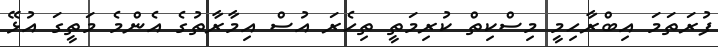
ފުރަތަމަ އިބްރާހިމީ މިސްކިތް ކުރިމަތީ ތިހެރަ އުސް އިމާރާތުގެ އެންމެ މަތީގަ އުޅޭ